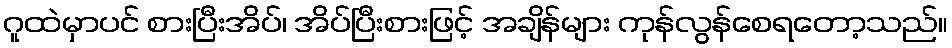
ဂူထဲမှာပင် စားပြီးအိပ်၊ အိပ်ပြီးစားဖြင့် အချိန်များ ကုန်လွန်စေရတော့သည်။